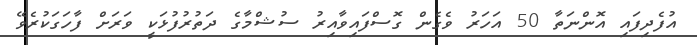
އުފެދިފައި އޮންނަތާ 50 އަހަރު ވެގެން ގޮސްފައިވާއިރު ސުޝްމާގެ ދަތުރުފުޅަކީ ވަރަށް ފާހަގަކުރެވޭ